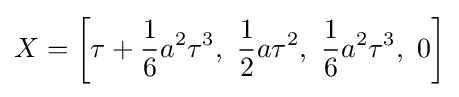
X=\left[\tau +{\frac {1}{6}}a^{2}\tau ^{3},\ {\frac {1}{2}}a\tau ^{2},\ {\frac {1}{6}}a^{2}\tau ^{3},\ 0\right]